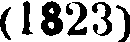
(1823)